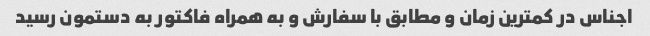
اجناس در کمترین زمان و مطابق با سفارش و به همراه فاکتور به دستمون رسید